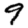
Digit: 9